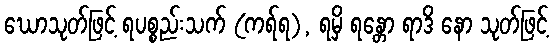
ဃောသုတ်ဖြင့် ရပစ္စည်းသက် (ကရ်ရ), ရမှိ ရန္တော ရာဒိ နော သုတ်ဖြင့်